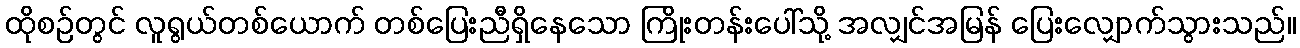
ထိုစဉ်တွင် လူရွယ်တစ်ယောက် တစ်ပြေးညီရှိနေသော ကြိုးတန်းပေါ်သို့ အလျှင်အမြန် ပြေးလျှောက်သွားသည်။